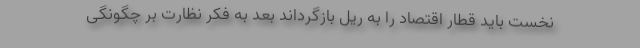
نخست باید قطار اقتصاد را به ریل بازگرداند بعد به فكر نظارت بر چگونگی